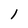
Character: 1